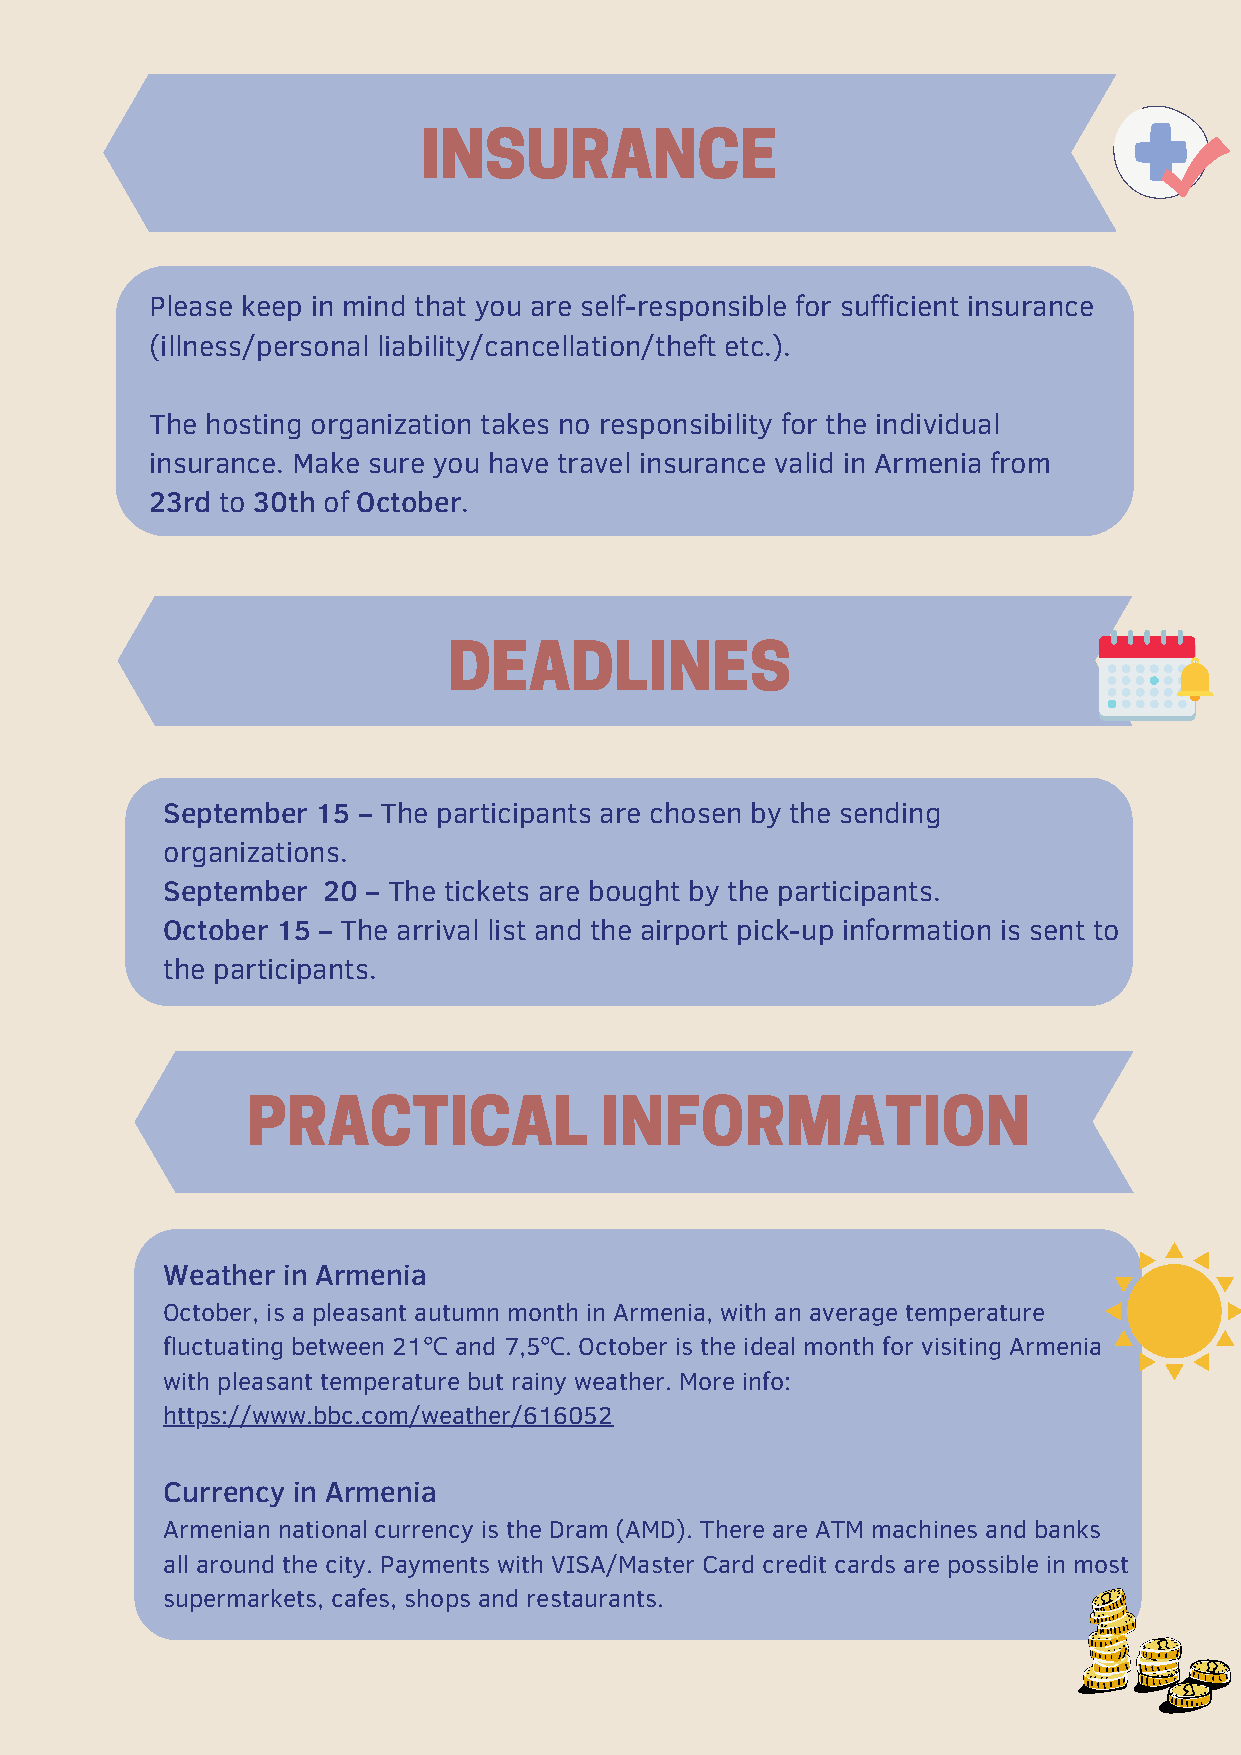
INSURANCE
 Please keep in mind that you are self-responsible for sufficient insurance
 (illness/personal liability/cancellation/theft etc.).
 The hosting organization takes no responsibility for the individual
 insurance. Make sure you have travel insurance valid in Armenia from
 23rd to 30th of October.
 DEADLINES
 September 15 – The participants are chosen by the sending
 organizations.
 September 20 – The tickets are bought by the participants.
 October 15 – The arrival list and the airport pick-up information is sent to
 the participants.
 PRACTICAL               INFORMATION
 Weather in Armenia
 October, is a pleasant autumn month in Armenia, with an average temperature
 fluctuating between 21℃ and 7,5℃. October is the ideal month for visiting Armenia
 with pleasant temperature but rainy weather. More info:
 https://www.bbc.com/weather/616052
 Currency in Armenia
 Armenian national currency is the Dram (AMD). There are ATM machines and banks
 all around the city. Payments with VISA/Master Card credit cards are possible in most
 supermarkets, cafes, shops and restaurants.